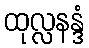
ထုလ္လနန္ဒံ